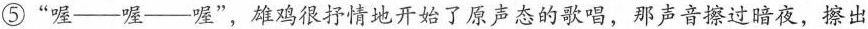
⑤”喔—喔—喔”，雄鸡很抒情地开给了原声态的歌唱，那声音擦过暗夜，擦出